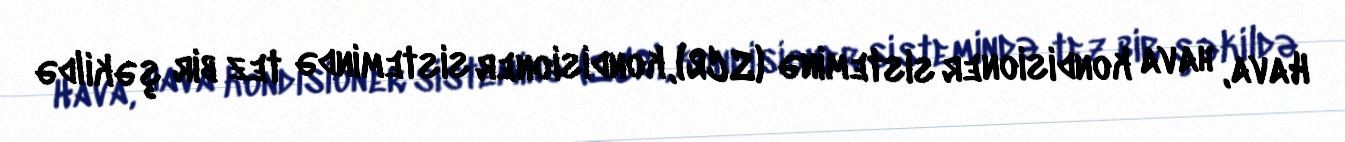
Hava, hava kondisioner sisteminə (SCR), kondisioner sistemində tez bir şəkildə